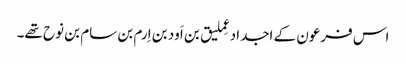
اس فرعون کے اجداد عِملیق بن اَود بن اِرم بن سام بن نوح تھے۔